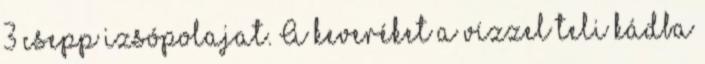
3 csepp izsópolajat. A keveréket a vízzel teli kádba